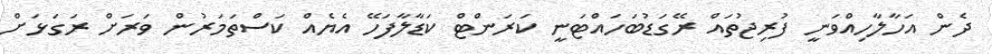
ދެން އަހާލާހިއްވަނީ ފުރިޖުތައް ރޭގަޑުބަހައްޓަނީ ކަރަންޓް ކަޑާލާފަހޭ އެޔެއް ކަސްތަމަރުން ވަރަށް ރަގަޅަށް